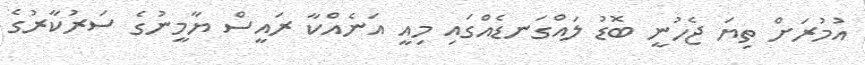
އުމުރަށް ތިޔަ ޖެހުނީ ބޮޑު ލައްގަނޑެއްގައި މިއީ އަނެއްކާ ރައީސް ޔާމީނުގެ ސަރުކާރުގެ